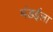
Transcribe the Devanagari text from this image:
मंडईला